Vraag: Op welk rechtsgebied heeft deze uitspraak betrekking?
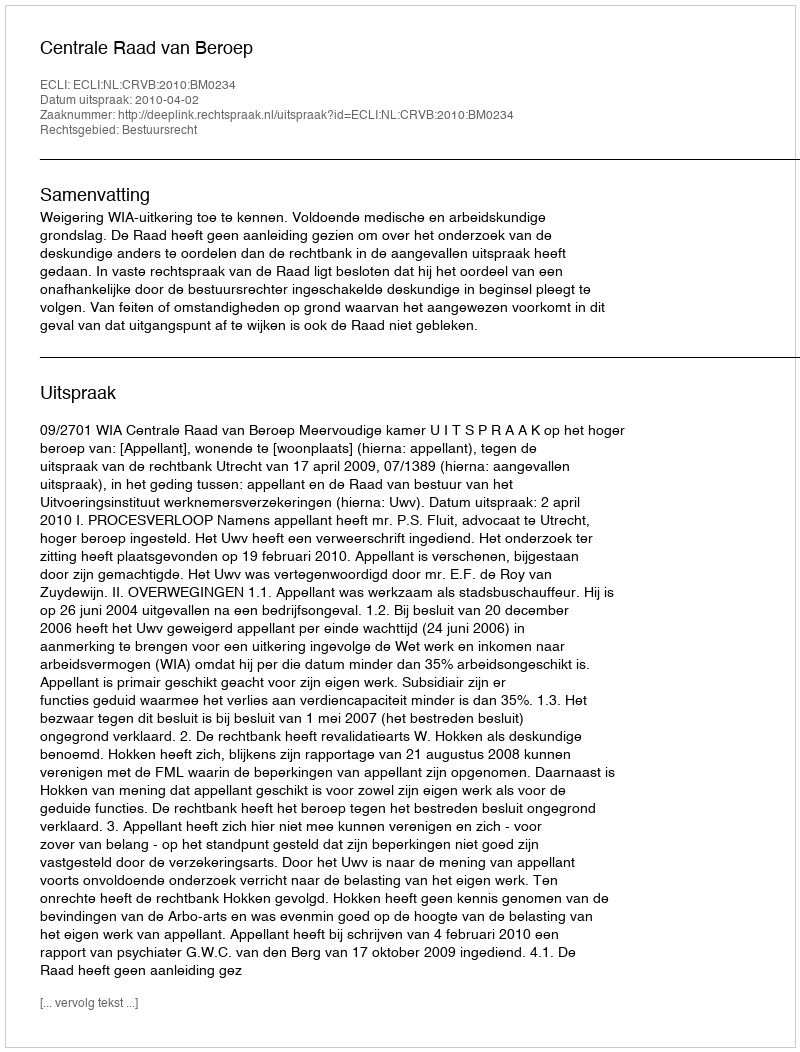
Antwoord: Bestuursrecht